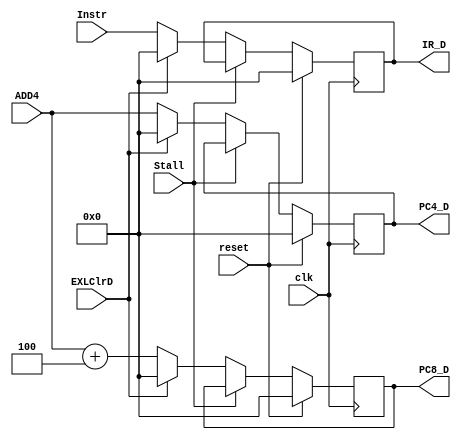
`timescale 1ns / 1ps
//////////////////////////////////////////////////////////////////////////////////
// Company: 
// Engineer: 
// 
// Design Name: 
// Module Name:    D_pipe 
// Project Name: 
// Target Devices: 
// Tool versions: 
// Description: 
//
// Dependencies: 
//
// Revision: 
// Revision 0.01 - File Created
// Additional Comments: 
//
//////////////////////////////////////////////////////////////////////////////////
module D_pipe(
    input clk,
	 input reset,
    input [31:0] Instr,
    input [31:0] ADD4,
	 input Stall,
	 input EXLClrD,
    output reg [31:0] IR_D,
    output reg [31:0] PC4_D,
    output reg [31:0] PC8_D
    );
	 
	 initial begin
		IR_D <= 32'b0;
		PC4_D <= 32'b0;
		PC8_D <= 32'b0;
	 end
	 
	 always @(posedge clk) begin
		if(reset) begin
			IR_D <= 32'b0;
			PC4_D <= 32'b0;
			PC8_D <= 32'b0;
		 end
		else if(Stall) begin
			IR_D <= IR_D;
			PC4_D <= PC4_D;
			PC8_D <= PC8_D;
		end
		else if(EXLClrD) begin
			IR_D <= 32'b0;
			PC4_D <= 32'b0;
			PC8_D <= 32'b0;
		end
		else begin 
			IR_D <= Instr;
			PC4_D <= ADD4;
			PC8_D <= ADD4+4;
		end
	 end

endmodule